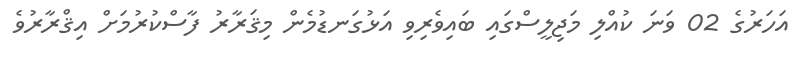
އަހަރުގެ 02 ވަނަ ކުއްލި މަޖިލީސްގައި ބައިވެރިވި އަޅުގަނޑުމެން މިޤަރާރު ފާސްކުރުމަށް އިޤްރާރުވެ